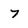
Character: 7